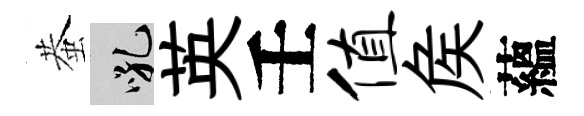
蛬吼英壬值矦蘊